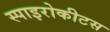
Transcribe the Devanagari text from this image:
स्पाइरोकीटस